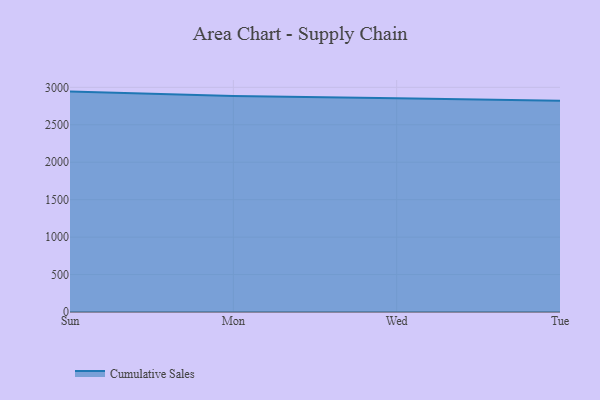
{"axis": {"x": "Day", "y": "Churn Rate (%)"}, "legend": ["Cumulative Sales"], "data": [{"x": "Sun", "y": 2942.8, "type": "Cumulative Sales"}, {"x": "Mon", "y": 2884.3, "type": "Cumulative Sales"}, {"x": "Wed", "y": 2855.2, "type": "Cumulative Sales"}, {"x": "Tue", "y": 2819.5, "type": "Cumulative Sales"}]}